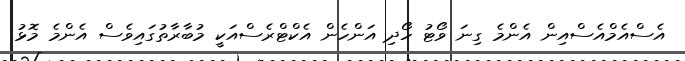
އެސްއެމްއެސްއިން އެންމެ ގިނަ ވޯޓު ހޯދި އަންހެން އެކްޓްރެސްއަކީ މުބާރާތުގައިވެސް އެންމެ މޮޅު